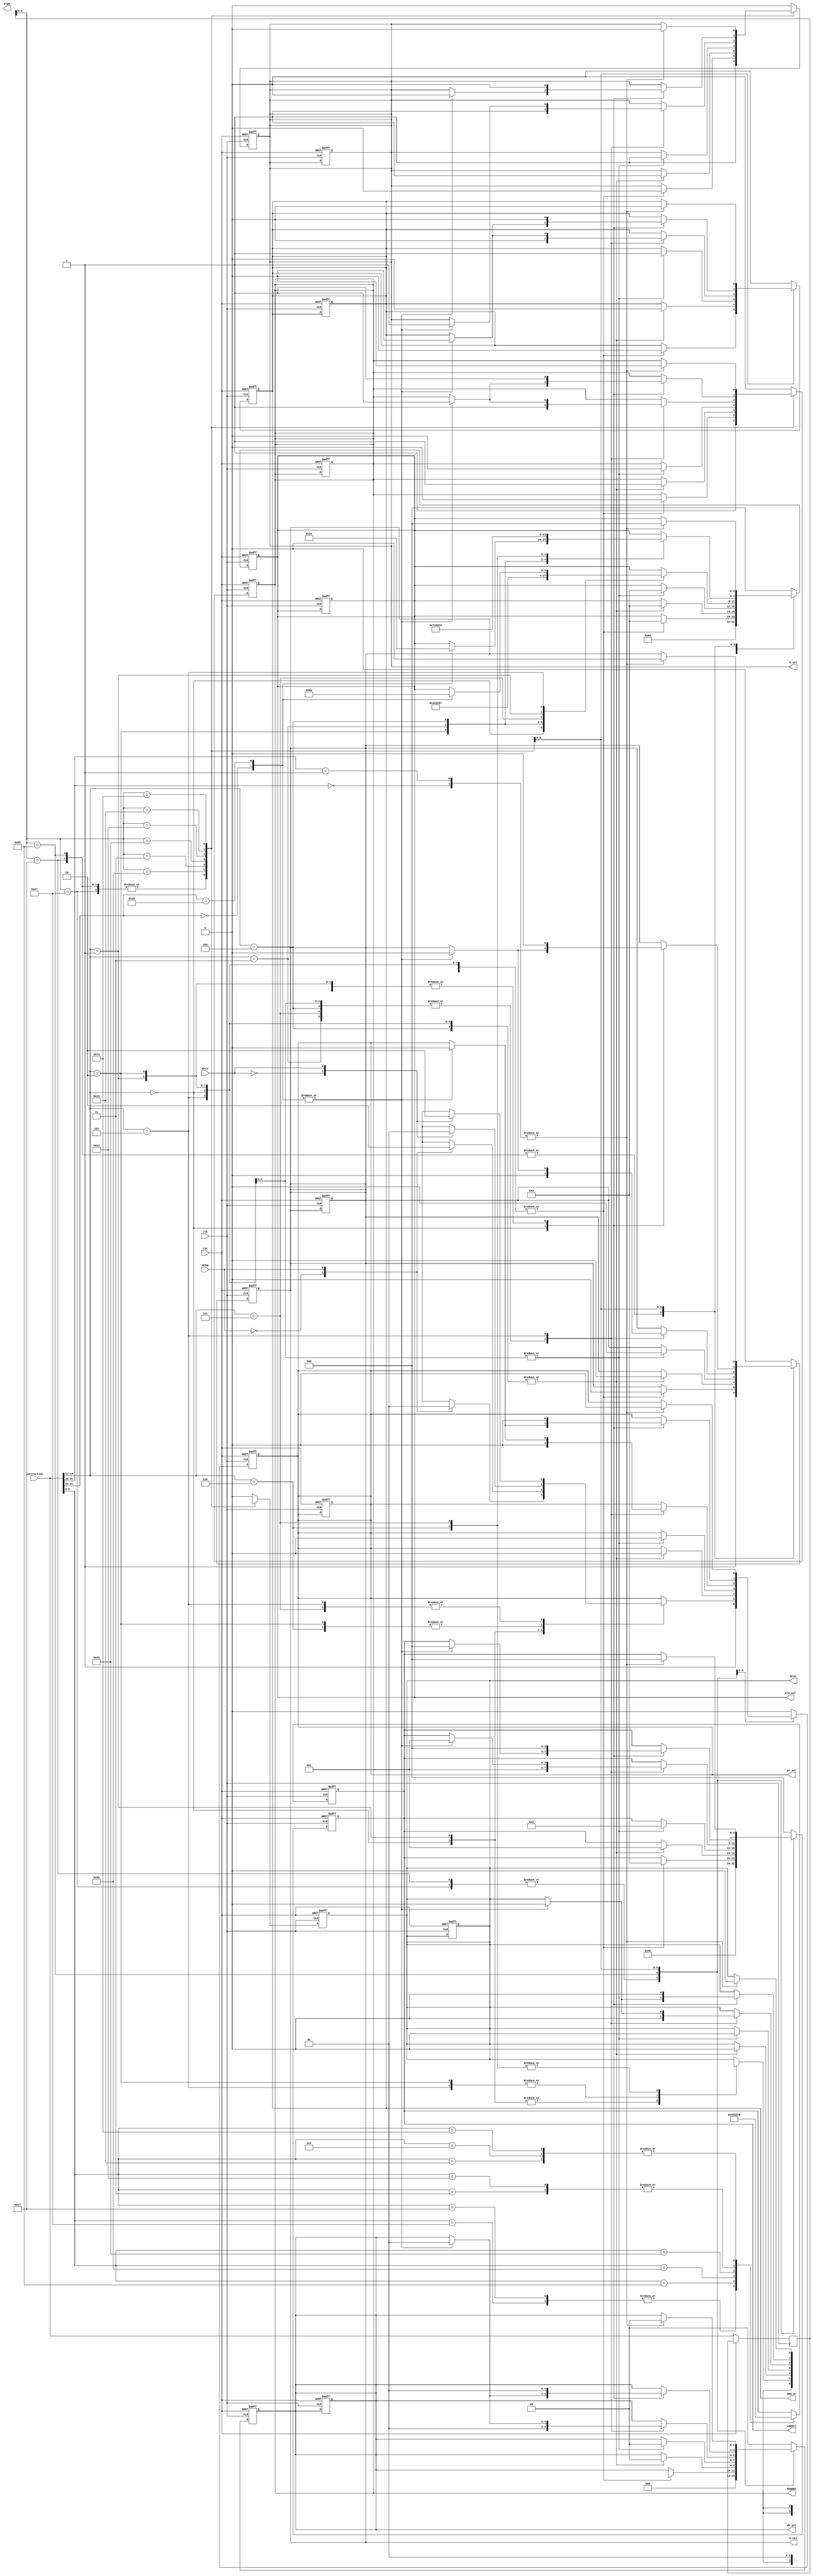
module instr_ctl(
    input        clk,
    input        rst,
    input [31:0] instruction,
    input        BrEq,
    input        BrLT,
    output       a_sel,
    output       b_sel,
    output [3:0] alu_sel,
    output       sign,
    output       mem_wr,
    output       RegWEn,
    output [3:0] immSel,
    output       BrUn,
    output       pc_sel,
    output [1:0] wb_sel
);

reg [31:0] instr_de  = 32'h0; 
reg [31:0] instr_exe = 32'h0; 
reg [31:0] instr_acc = 32'h0; 
reg [31:0] instr_wb  = 32'h0; 
reg        r_a_sel   = 1'b0;
reg        r_b_sel   = 1'b0;
reg [3:0]  r_alu_sel = 4'b0;
reg        r_sign    = 1'b0;
reg        r_mem_wr  = 1'b0;
reg        r_RegWEn  = 1'b0;
reg [3:0]  r_immSel  = 4'b0;
reg        r_BrUn    = 1'b0;
reg        r_pc_sel  = 1'b0;
reg [1:0]  r_wb_sel  = 2'b0;

assign a_sel   = r_a_sel;
assign b_sel   = r_b_sel;
assign alu_sel = r_alu_sel;
assign mem_wr  = r_mem_wr;
assign RegWEn  = r_RegWEn;
assign immSel  = r_immSel;
assign BrUn    = r_BrUn;
assign pc_sel  = r_pc_sel;
assign wb_sel  = r_wb_sel;

always @(posedge(clk) or posedge(rst)) begin
    if (rst) begin
        r_a_sel   <= 1'b0;
        r_b_sel   <= 1'b1;
        r_alu_sel <= 4'b0110;
        r_alu_sel <= 4'b0110;
        r_mem_wr  <= 1'b0;
        r_RegWEn  <= 1'b1;
        r_immSel  <= 4'h4;
        r_BrUn    <= 1'bx;
        r_pc_sel  <= 1'b0;
        r_wb_sel  <= 2'b01;
    end else begin      
        case (instruction[6:0])
            // LUI Instruction: 
            7'b0110111: begin
                r_immSel  <= 4'h4;
            end
            // AUIPC Instruction: 
            7'b0010111: begin
                r_immSel  <= 4'h4;
            end
            // JAL Instruction:
            7'b1101111: begin
                r_immSel  <= 4'h5;
            end
            // JALR Instruction:
            7'b1101111: begin
                r_immSel  <= 4'h1;
            end
            7'b1100011: begin
                    // BEQ Instruction:
                    //3'b000: begin
                    // BNE Instruction
                    //3'b001: begin
                    //BLT Instruction
                    //3'b010: begin
                    //BGE Instruction
                    //3'b101: begin
                    //BLTU Instruction
                    // 3'b110: begin
                    //BGEU Instruction
                    // 3'b111: begin
                    r_immSel  <= 4'h3;
            end

            7'b0000011: begin
                    //LB Instruction
                    //3'b000: begin
                    //LH Instruction
                    //3'b001: begin
                    //LW Instruction
                    //3'b010: begin
                    //LBU Instruction
                    //3'b100: begin
                    //LHU Instruction
                    //3'b101: begin
                    r_immSel  <= 4'h1;
            end
            7'b0100011: begin
                    // SB Instruction
                    //3'b000: begin
                    // SH Instruction
                    //3'b001: begin
                    // SW Instruction
                    //3'b010: begin
                    r_immSel  <= 4'h2;
            end
            7'b0010011: begin
                    // ADDI Instruction
                    //3'b000: begin
                    // SLTI Instruction
                    //3'b010: begin
                    // SLTIU Instruction
                    //3'b011: begin
                    // XORI Instruction
                    //3'b100: begin
                    // ORI Instruction
                    //3'b100: begin
                    // ANDI Instruction
                    //3'b111: begin
                    // SLLI Instruction
                    //3'b001: begin
                    //3'b101: begin
                            // SRLI Instruction
                            //7'b0000000: begin
                            // SRAI Instruction
                            //7'b0100000: begin
                        r_immSel  <= 4'h1;
            end
            7'b0110011: begin
                // case (instruction[14:12]) 
                //    3'b000: begin
                        //case (instruction[31:25])
                            // ADD Instruction
                            //7'b0000000: begin
                            // SUB Instruction
                            //7'b0100000: begin
                    // SLL Instruction
                    //3'b001: begin
                    // SLT Instruction
                    //3'b010: begin
                    // SLTU Instruction
                    //3'b011: begin
                    // XOR Instruction
                    //3'b100: begin
                    // SRA Instruction
                    //3'b100: begin
                    // OR Instruction
                    //3'b110: begin
                    // AND Instruction
                    //3'b111: begin
                        r_immSel  <= 4'h0;
            end
            //  FENCE Instruction
            7'b0001111: begin
                r_immSel  <= 4'h0;
            end
            7'b1110011: begin
                // case (instruction[31:20])
                    //  @todo
                    //  ECALL Instruction
                    //7'h0: begin
                    //  @todo 
                    //  EBREAK Instruction
                    //7'h1: begin
                        r_immSel  <= 4'h0;
            end
        endcase
        instr_de <= instruction;
    end
end

always @(posedge(clk) or posedge(rst)) begin
    if (rst) begin
        r_a_sel   <= 1'b0;
        r_b_sel   <= 1'b1;
        r_alu_sel <= 4'b0110;
        r_alu_sel <= 4'b0110;
        r_mem_wr  <= 1'b0;
        r_RegWEn  <= 1'b1;
        r_immSel  <= 4'h4;
        r_BrUn    <= 1'bx;
        r_pc_sel  <= 1'b0;
        r_wb_sel  <= 2'b01;
    end else begin  

        // Currently every RV32I instruction is implemented in control.  
        // EFENCE, EBREAK, and ECALL require further control implementation.
        case (instr_de[6:0])
            // LUI Instruction: 
            7'b0110111: begin
                r_a_sel   <= 1'b0;
                r_b_sel   <= 1'b1;
                r_alu_sel <= 4'b0110;
                r_alu_sel <= 4'b0110;
                r_mem_wr  <= 1'b0;
                r_RegWEn  <= 1'b1;
                r_immSel  <= 4'h4;
                r_BrUn    <= 1'bx;
                r_pc_sel  <= 1'b0;
                r_wb_sel  <= 2'b01;
            end
            // AUIPC Instruction: 
            7'b0010111: begin
                r_a_sel   <= 1'b1;
                r_b_sel   <= 1'b1;
                r_alu_sel <= 4'b0011;
                r_mem_wr  <= 1'b0;
                r_RegWEn  <= 1'b1;
                r_immSel  <= 4'h4;
                r_BrUn    <= 1'bx;
                r_pc_sel  <= 1'b0;
                r_wb_sel  <= 2'b01;
            end
            // JAL Instruction:
            7'b1101111: begin
                r_a_sel   <= 1'b1;
                r_b_sel   <= 1'b1;
                r_alu_sel <= 4'b0011;
                r_sign    <= 1'b1;
                r_mem_wr  <= 1'b0;
                r_RegWEn  <= 1'b1;
                r_immSel  <= 4'h5;
                r_BrUn    <= 1'bx; 
                r_pc_sel  <= 1'b1;
                r_wb_sel  <= 2'b10;
            end
            // JALR Instruction:
            7'b1101111: begin
                r_a_sel   <= 1'b0;
                r_b_sel   <= 1'b1;
                r_alu_sel <= 4'b0010;
                r_sign    <= 1'b1;
                r_mem_wr  <= 1'b0;
                r_RegWEn  <= 1'b1;
                r_immSel  <= 4'h1;
                r_BrUn    <= 1'bx; 
                r_pc_sel  <= 1'b1;
                r_wb_sel  <= 2'b10;
            end
            7'b1100011: begin
                case (instruction[14:12])
                    // BEQ Instruction:
                    3'b000: begin
                        r_a_sel   <= 1'b0;
                        r_b_sel   <= 1'b0;
                        r_alu_sel <= 4'b0011;
                        r_mem_wr  <= 1'b0;
                        r_RegWEn  <= 1'b0;
                        r_immSel  <= 4'h3;
                        r_BrUn    <= 1'bx; 
                        case (BrEq)
                            1'b0: r_pc_sel <= 1'b0;
                            1'b1: r_pc_sel <= 1'b1;
                        endcase
                        r_wb_sel  <= 2'bx;
                    end
                    // BNE Instruction
                    3'b001: begin
                        r_a_sel   <= 1'b0;
                        r_b_sel   <= 1'b0;
                        r_alu_sel <= 4'b0011;
                        r_mem_wr  <= 1'b0;
                        r_RegWEn  <= 1'b0;
                        r_immSel  <= 4'h3;
                        r_BrUn    <= 1'bx; 
                        case (BrEq)
                            1'b0: r_pc_sel <= 1'b1;
                            1'b1: r_pc_sel <= 1'b0;
                        endcase
                        r_wb_sel  <= 2'bx;
                    end
                    //BLT Instruction
                    3'b010: begin
                        r_a_sel   <= 1'b0;
                        r_b_sel   <= 1'b0;
                        r_alu_sel <= 4'b0011;
                        r_mem_wr  <= 1'b0;
                        r_RegWEn  <= 1'b0;
                        r_immSel  <= 4'h3;
                        r_BrUn    <= 1'b0; 
                        case (BrLT)
                            1'b0: r_pc_sel <= 1'b0;
                            1'b1: r_pc_sel <= 1'b1;
                        endcase
                        r_wb_sel  <= 2'bx;
                    end
                    //BGE Instruction
                    3'b101: begin
                        r_a_sel   <= 1'b0;
                        r_b_sel   <= 1'b0;
                        r_alu_sel <= 4'b0011;
                        r_mem_wr  <= 1'b0;
                        r_RegWEn  <= 1'b0;
                        r_immSel  <= 4'h3;
                        r_BrUn    <= 1'b0;
                        case (BrLT)
                            1'b0: r_pc_sel <= 1'b1;
                            1'b1: r_pc_sel <= 1'b0;
                        endcase;
                        r_wb_sel  <= 2'bx;
                    end
                    //BLTU Instruction
                    3'b110: begin
                        r_a_sel   <= 1'b0;
                        r_b_sel   <= 1'b0;
                        r_alu_sel <= 4'b0011;
                        r_mem_wr  <= 1'b0;
                        r_RegWEn  <= 1'b0;
                        r_immSel  <= 4'h3;
                        r_BrUn    <= 1'b1;
                        case (BrLT)
                            1'b0: r_pc_sel <= 1'b0;
                            1'b1: r_pc_sel <= 1'b1;
                        endcase
                        r_wb_sel  <= 2'bx;
                    end
                    //BGEU Instruction
                    3'b111: begin
                        r_a_sel   <= 1'b0;
                        r_b_sel   <= 1'b0;
                        r_alu_sel <= 4'b0011;
                        r_mem_wr  <= 1'b0;
                        r_RegWEn  <= 1'b0;
                        r_immSel  <= 4'h3;
                        r_BrUn    <= 1'b1;
                        case (BrLT)
                            1'b0: r_pc_sel <= 1'b1;
                            1'b1: r_pc_sel <= 1'b0;
                        endcase
                        r_wb_sel  <= 2'bx;
                    end
                endcase
            end
            7'b0000011: begin
                case (instruction[14:12])
                    //LB Instruction
                    3'b000: begin
                        r_a_sel   <= 1'b0;
                        r_b_sel   <= 1'b1;
                        r_alu_sel <= 4'b0011;
                        r_sign    <= 1'b1;
                        r_mem_wr  <= 1'b0;
                        r_RegWEn  <= 1'b1;
                        r_immSel  <= 4'h1;
                        r_BrUn    <= 1'b0;
                        r_pc_sel <= 1'b0;
                        r_wb_sel  <= 2'b0;
                    end
                    //LH Instruction
                    3'b001: begin
                        r_a_sel   <= 1'b0;
                        r_b_sel   <= 1'b1;
                        r_alu_sel <= 4'b0011;
                        r_sign    <= 1'b1;
                        r_mem_wr  <= 1'b0;
                        r_RegWEn  <= 1'b1;
                        r_immSel  <= 4'h1;
                        r_BrUn    <= 1'b0;
                        r_pc_sel <= 1'b0;
                        r_wb_sel  <= 2'b0;
                    end
                    //LW Instruction
                    3'b010: begin
                        r_a_sel   <= 1'b0;
                        r_b_sel   <= 1'b1;
                        r_alu_sel <= 4'b0011;
                        r_sign    <= 1'b1;
                        r_mem_wr  <= 1'b0;
                        r_RegWEn  <= 1'b1;
                        r_immSel  <= 4'h1;
                        r_BrUn    <= 1'b0;
                        r_pc_sel <= 1'b0;
                        r_wb_sel  <= 2'b0;
                    end
                    //LBU Instruction
                    3'b100: begin
                        r_a_sel   <= 1'b0;
                        r_b_sel   <= 1'b1;
                        r_alu_sel <= 4'b0011;
                        r_mem_wr  <= 1'b0;
                        r_RegWEn  <= 1'b1;
                        r_immSel  <= 4'h1;
                        r_BrUn    <= 1'b0;
                        r_pc_sel <= 1'b0;
                        r_wb_sel  <= 2'b0;
                    end
                    //LHU Instruction
                    3'b101: begin
                        r_a_sel   <= 1'b0;
                        r_b_sel   <= 1'b1;
                        r_alu_sel <= 4'b0011;
                        r_mem_wr  <= 1'b0;
                        r_RegWEn  <= 1'b1;
                        r_immSel  <= 4'h1;
                        r_BrUn    <= 1'b0;
                        r_pc_sel <= 1'b0;
                        r_wb_sel  <= 2'b0;
                    end
                endcase
            end
            7'b0100011: begin
                case (instruction[14:12])
                    // SB Instruction
                    3'b000: begin
                        r_a_sel   <= 1'b0;
                        r_b_sel   <= 1'b1;
                        r_alu_sel <= 4'b0011;
                        r_sign    <= 1'b1;
                        r_mem_wr  <= 1'b1;
                        r_RegWEn  <= 1'b0;
                        r_immSel  <= 4'h2;
                        r_BrUn    <= 1'b0;
                        r_pc_sel <= 1'b0;
                        r_wb_sel  <= 2'b0;
                    end
                    // SH Instruction
                    3'b001: begin
                        r_a_sel   <= 1'b0;
                        r_b_sel   <= 1'b1;
                        r_alu_sel <= 4'b0011;
                        r_sign    <= 1'b1;
                        r_mem_wr  <= 1'b1;
                        r_RegWEn  <= 1'b0;
                        r_immSel  <= 4'h2;
                        r_BrUn    <= 1'b0;
                        r_pc_sel <= 1'b0;
                        r_wb_sel  <= 2'b0;
                    end
                    // SW Instruction
                    3'b010: begin
                        r_a_sel   <= 1'b0;
                        r_b_sel   <= 1'b1;
                        r_alu_sel <= 4'b0011;
                        r_sign    <= 1'b1;
                        r_mem_wr  <= 1'b1;
                        r_RegWEn  <= 1'b0;
                        r_immSel  <= 4'h2;
                        r_BrUn    <= 1'b0;
                        r_pc_sel <= 1'b0;
                        r_wb_sel  <= 2'b0;
                    end
                endcase
            end
            7'b0010011: begin
                case (instruction[14:12])
                    // ADDI Instruction
                    3'b000: begin
                        r_a_sel   <= 1'b0;
                        r_b_sel   <= 1'b1;
                        r_alu_sel <= 4'b0011;
                        r_sign    <= 1'b1;
                        r_mem_wr  <= 1'b0;
                        r_RegWEn  <= 1'b1;
                        r_immSel  <= 4'h1;
                        r_BrUn    <= 1'b0;
                        r_pc_sel <= 1'b0;
                        r_wb_sel  <= 2'b1;
                    end
                    // SLTI Instruction
                    3'b010: begin
                        r_a_sel   <= 1'b0;
                        r_b_sel   <= 1'b1;
                        r_alu_sel <= 4'b1100;
                        r_mem_wr  <= 1'b0;
                        r_RegWEn  <= 1'b1;
                        r_immSel  <= 4'h1;
                        r_BrUn    <= 1'b0;
                        r_pc_sel <= 1'b0;
                        r_wb_sel  <= 2'b1;
                    end
                    // SLTIU Instruction
                    3'b011: begin
                        r_a_sel   <= 1'b0;
                        r_b_sel   <= 1'b1;
                        r_alu_sel <= 4'b1011;
                        r_mem_wr  <= 1'b0;
                        r_RegWEn  <= 1'b1;
                        r_immSel  <= 4'h1;
                        r_BrUn    <= 1'b0;
                        r_pc_sel <= 1'b0;
                        r_wb_sel  <= 2'b1;
                    end
                    // XORI Instruction
                    3'b100: begin
                        r_a_sel   <= 1'b0;
                        r_b_sel   <= 1'b1;
                        r_alu_sel <= 4'b0010;
                        r_sign    <= 1'b1;
                        r_mem_wr  <= 1'b0;
                        r_RegWEn  <= 1'b1;
                        r_immSel  <= 4'h1;
                        r_BrUn    <= 1'b0;
                        r_pc_sel <= 1'b0;
                        r_wb_sel  <= 2'b1;
                    end
                    // ORI Instruction
                    3'b100: begin
                        r_a_sel   <= 1'b0;
                        r_b_sel   <= 1'b1;
                        r_alu_sel <= 4'b0001;
                        r_sign    <= 1'b1;
                        r_mem_wr  <= 1'b0;
                        r_RegWEn  <= 1'b1;
                        r_immSel  <= 4'h1;
                        r_BrUn    <= 1'b0;
                        r_pc_sel <= 1'b0;
                        r_wb_sel  <= 2'b1;
                    end
                    // ANDI Instruction
                    3'b111: begin
                        r_a_sel   <= 1'b0;
                        r_b_sel   <= 1'b1;
                        r_alu_sel <= 4'b0000;
                        r_sign    <= 1'b1;
                        r_mem_wr  <= 1'b0;
                        r_RegWEn  <= 1'b1;
                        r_immSel  <= 4'h1;
                        r_BrUn    <= 1'b0;
                        r_pc_sel <= 1'b0;
                        r_wb_sel  <= 2'b1;
                    end
                    // SLLI Instruction
                    3'b001: begin
                        r_a_sel   <= 1'b0;
                        r_b_sel   <= 1'b1;
                        r_alu_sel <= 4'b0111;
                        r_mem_wr  <= 1'b0;
                        r_RegWEn  <= 1'b1;
                        r_immSel  <= 4'h1;
                        r_BrUn    <= 1'b0;
                        r_pc_sel <= 1'b0;
                        r_wb_sel  <= 2'b1;
                    end
                    3'b101: begin
                        case (instruction[31:25])
                            // SRLI Instruction
                            7'b0000000: begin
                                r_a_sel   <= 1'b0;
                                r_b_sel   <= 1'b1;
                                r_alu_sel <= 4'b1000;
                                r_mem_wr  <= 1'b0;
                                r_RegWEn  <= 1'b1;
                                r_immSel  <= 4'h1;
                                r_BrUn    <= 1'b0;
                                r_pc_sel <= 1'b0;
                                r_wb_sel  <= 2'b1;
                            end
                            // SRAI Instruction
                            7'b0100000: begin
                                r_a_sel   <= 1'b0;
                                r_b_sel   <= 1'b1;
                                r_alu_sel <= 4'b1010;
                                r_mem_wr  <= 1'b0;
                                r_RegWEn  <= 1'b1;
                                r_immSel  <= 4'h1;
                                r_BrUn    <= 1'b0;
                                r_pc_sel <= 1'b0;
                                r_wb_sel  <= 2'b1;
                            end
                        endcase
                    end
                endcase
            end
            7'b0110011: begin
                case (instruction[14:12]) 
                    3'b000: begin
                        case (instruction[31:25])
                            // ADD Instruction
                            7'b0000000: begin
                                r_a_sel   <= 1'b0;
                                r_b_sel   <= 1'b0;
                                r_alu_sel <= 4'b0011;
                                r_mem_wr  <= 1'b0;
                                r_RegWEn  <= 1'b1;
                                r_immSel  <= 4'h0;
                                r_BrUn    <= 1'b0;
                                r_pc_sel <= 1'b0;
                                r_wb_sel  <= 2'b1;
                            end
                            // SUB Instruction
                            7'b0100000: begin
                                r_a_sel   <= 1'b0;
                                r_b_sel   <= 1'b0;
                                r_alu_sel <= 4'b0100;
                                r_mem_wr  <= 1'b0;
                                r_RegWEn  <= 1'b1;
                                r_immSel  <= 4'h0;
                                r_BrUn    <= 1'b0;
                                r_pc_sel <= 1'b0;
                                r_wb_sel  <= 2'b1;
                            end
                        endcase
                    end
                    // SLL Instruction
                    3'b001: begin
                        r_a_sel   <= 1'b0;
                        r_b_sel   <= 1'b0;
                        r_alu_sel <= 4'b0111;
                        r_mem_wr  <= 1'b0;
                        r_RegWEn  <= 1'b1;
                        r_immSel  <= 4'h0;
                        r_BrUn    <= 1'b0;
                        r_pc_sel <= 1'b0;
                        r_wb_sel  <= 2'b1;
                    end
                    // SLT Instruction
                    3'b010: begin
                        r_a_sel   <= 1'b0;
                        r_b_sel   <= 1'b0;
                        r_alu_sel <= 4'b1100;
                        r_mem_wr  <= 1'b0;
                        r_RegWEn  <= 1'b1;
                        r_immSel  <= 4'h0;
                        r_BrUn    <= 1'b0;
                        r_pc_sel <= 1'b0;
                        r_wb_sel  <= 2'b1;
                    end
                    // SLTU Instruction
                    3'b011: begin
                        r_a_sel   <= 1'b0;
                        r_b_sel   <= 1'b0;
                        r_alu_sel <= 4'b1011;
                        r_mem_wr  <= 1'b0;
                        r_RegWEn  <= 1'b1;
                        r_immSel  <= 4'h0;
                        r_BrUn    <= 1'b0;
                        r_pc_sel <= 1'b0;
                        r_wb_sel  <= 2'b1;
                    end
                    // XOR Instruction
                    3'b100: begin
                        r_a_sel   <= 1'b0;
                        r_b_sel   <= 1'b0;
                        r_alu_sel <= 4'b0010;
                        r_mem_wr  <= 1'b0;
                        r_RegWEn  <= 1'b1;
                        r_immSel  <= 4'h0;
                        r_BrUn    <= 1'b0;
                        r_pc_sel  <= 1'b0;
                        r_wb_sel  <= 2'b1;
                    end
                    // SRA Instruction
                    3'b100: begin
                        r_a_sel   <= 1'b0;
                        r_b_sel   <= 1'b0;
                        r_alu_sel <= 4'b1010;
                        r_mem_wr  <= 1'b0;
                        r_RegWEn  <= 1'b1;
                        r_immSel  <= 4'h0;
                        r_BrUn    <= 1'b0;
                        r_pc_sel  <= 1'b0;
                        r_wb_sel  <= 2'b1;
                    end
                    // OR Instruction
                    3'b110: begin
                        r_a_sel   <= 1'b0;
                        r_b_sel   <= 1'b0;
                        r_alu_sel <= 4'b0001;
                        r_mem_wr  <= 1'b0;
                        r_RegWEn  <= 1'b1;
                        r_immSel  <= 4'h0;
                        r_BrUn    <= 1'b0;
                        r_pc_sel  <= 1'b0;
                        r_wb_sel  <= 2'b1;
                    end
                    // AND Instruction
                    3'b111: begin
                        r_a_sel   <= 1'b0;
                        r_b_sel   <= 1'b0;
                        r_alu_sel <= 4'b0000;
                        r_mem_wr  <= 1'b0;
                        r_RegWEn  <= 1'b1;
                        r_immSel  <= 4'h0;
                        r_BrUn    <= 1'b0;
                        r_pc_sel  <= 1'b0;
                        r_wb_sel  <= 2'b1;
                    end
                endcase
            end
            //  FENCE Instruction
            7'b0001111: begin
                r_a_sel   <= 1'b0;
                r_b_sel   <= 1'b0;
                r_alu_sel <= 4'b0000;
                r_mem_wr  <= 1'b0;
                r_RegWEn  <= 1'b0;
                r_immSel  <= 4'h0;
                r_BrUn    <= 1'b0;
                r_pc_sel  <= 1'b0;
                r_wb_sel  <= 2'b0;
            end
            7'b1110011: begin
                case (instruction[31:20])
                    //  @todo
                    //  ECALL Instruction
                    7'h0: begin
                        r_a_sel   <= 1'b0;
                        r_b_sel   <= 1'b0;
                        r_alu_sel <= 4'b0000;
                        r_mem_wr  <= 1'b0;
                        r_RegWEn  <= 1'b0;
                        r_immSel  <= 4'h0;
                        r_BrUn    <= 1'b0;
                        r_pc_sel  <= 1'b0;
                        r_wb_sel  <= 2'b0;
                    end
                    //  @todo 
                    //  EBREAK Instruction
                    7'h1: begin
                        r_a_sel   <= 1'b0;
                        r_b_sel   <= 1'b0;
                        r_alu_sel <= 4'b0000;
                        r_mem_wr  <= 1'b0;
                        r_RegWEn  <= 1'b0;
                        r_immSel  <= 4'h0;
                        r_BrUn    <= 1'b0;
                        r_pc_sel  <= 1'b0;
                        r_wb_sel  <= 2'b0;
                    end
                endcase
            end
            default: begin
                r_a_sel   <= 1'b0;
                r_b_sel   <= 1'b0;
                r_alu_sel <= 4'b0000;
                r_mem_wr  <= 1'b0;
                r_RegWEn  <= 1'b0;
                r_immSel  <= 4'h0;
                r_BrUn    <= 1'b0;
                r_pc_sel  <= 1'b0;
                r_wb_sel  <= 2'b0;
            end
        endcase
    end
end
endmodule